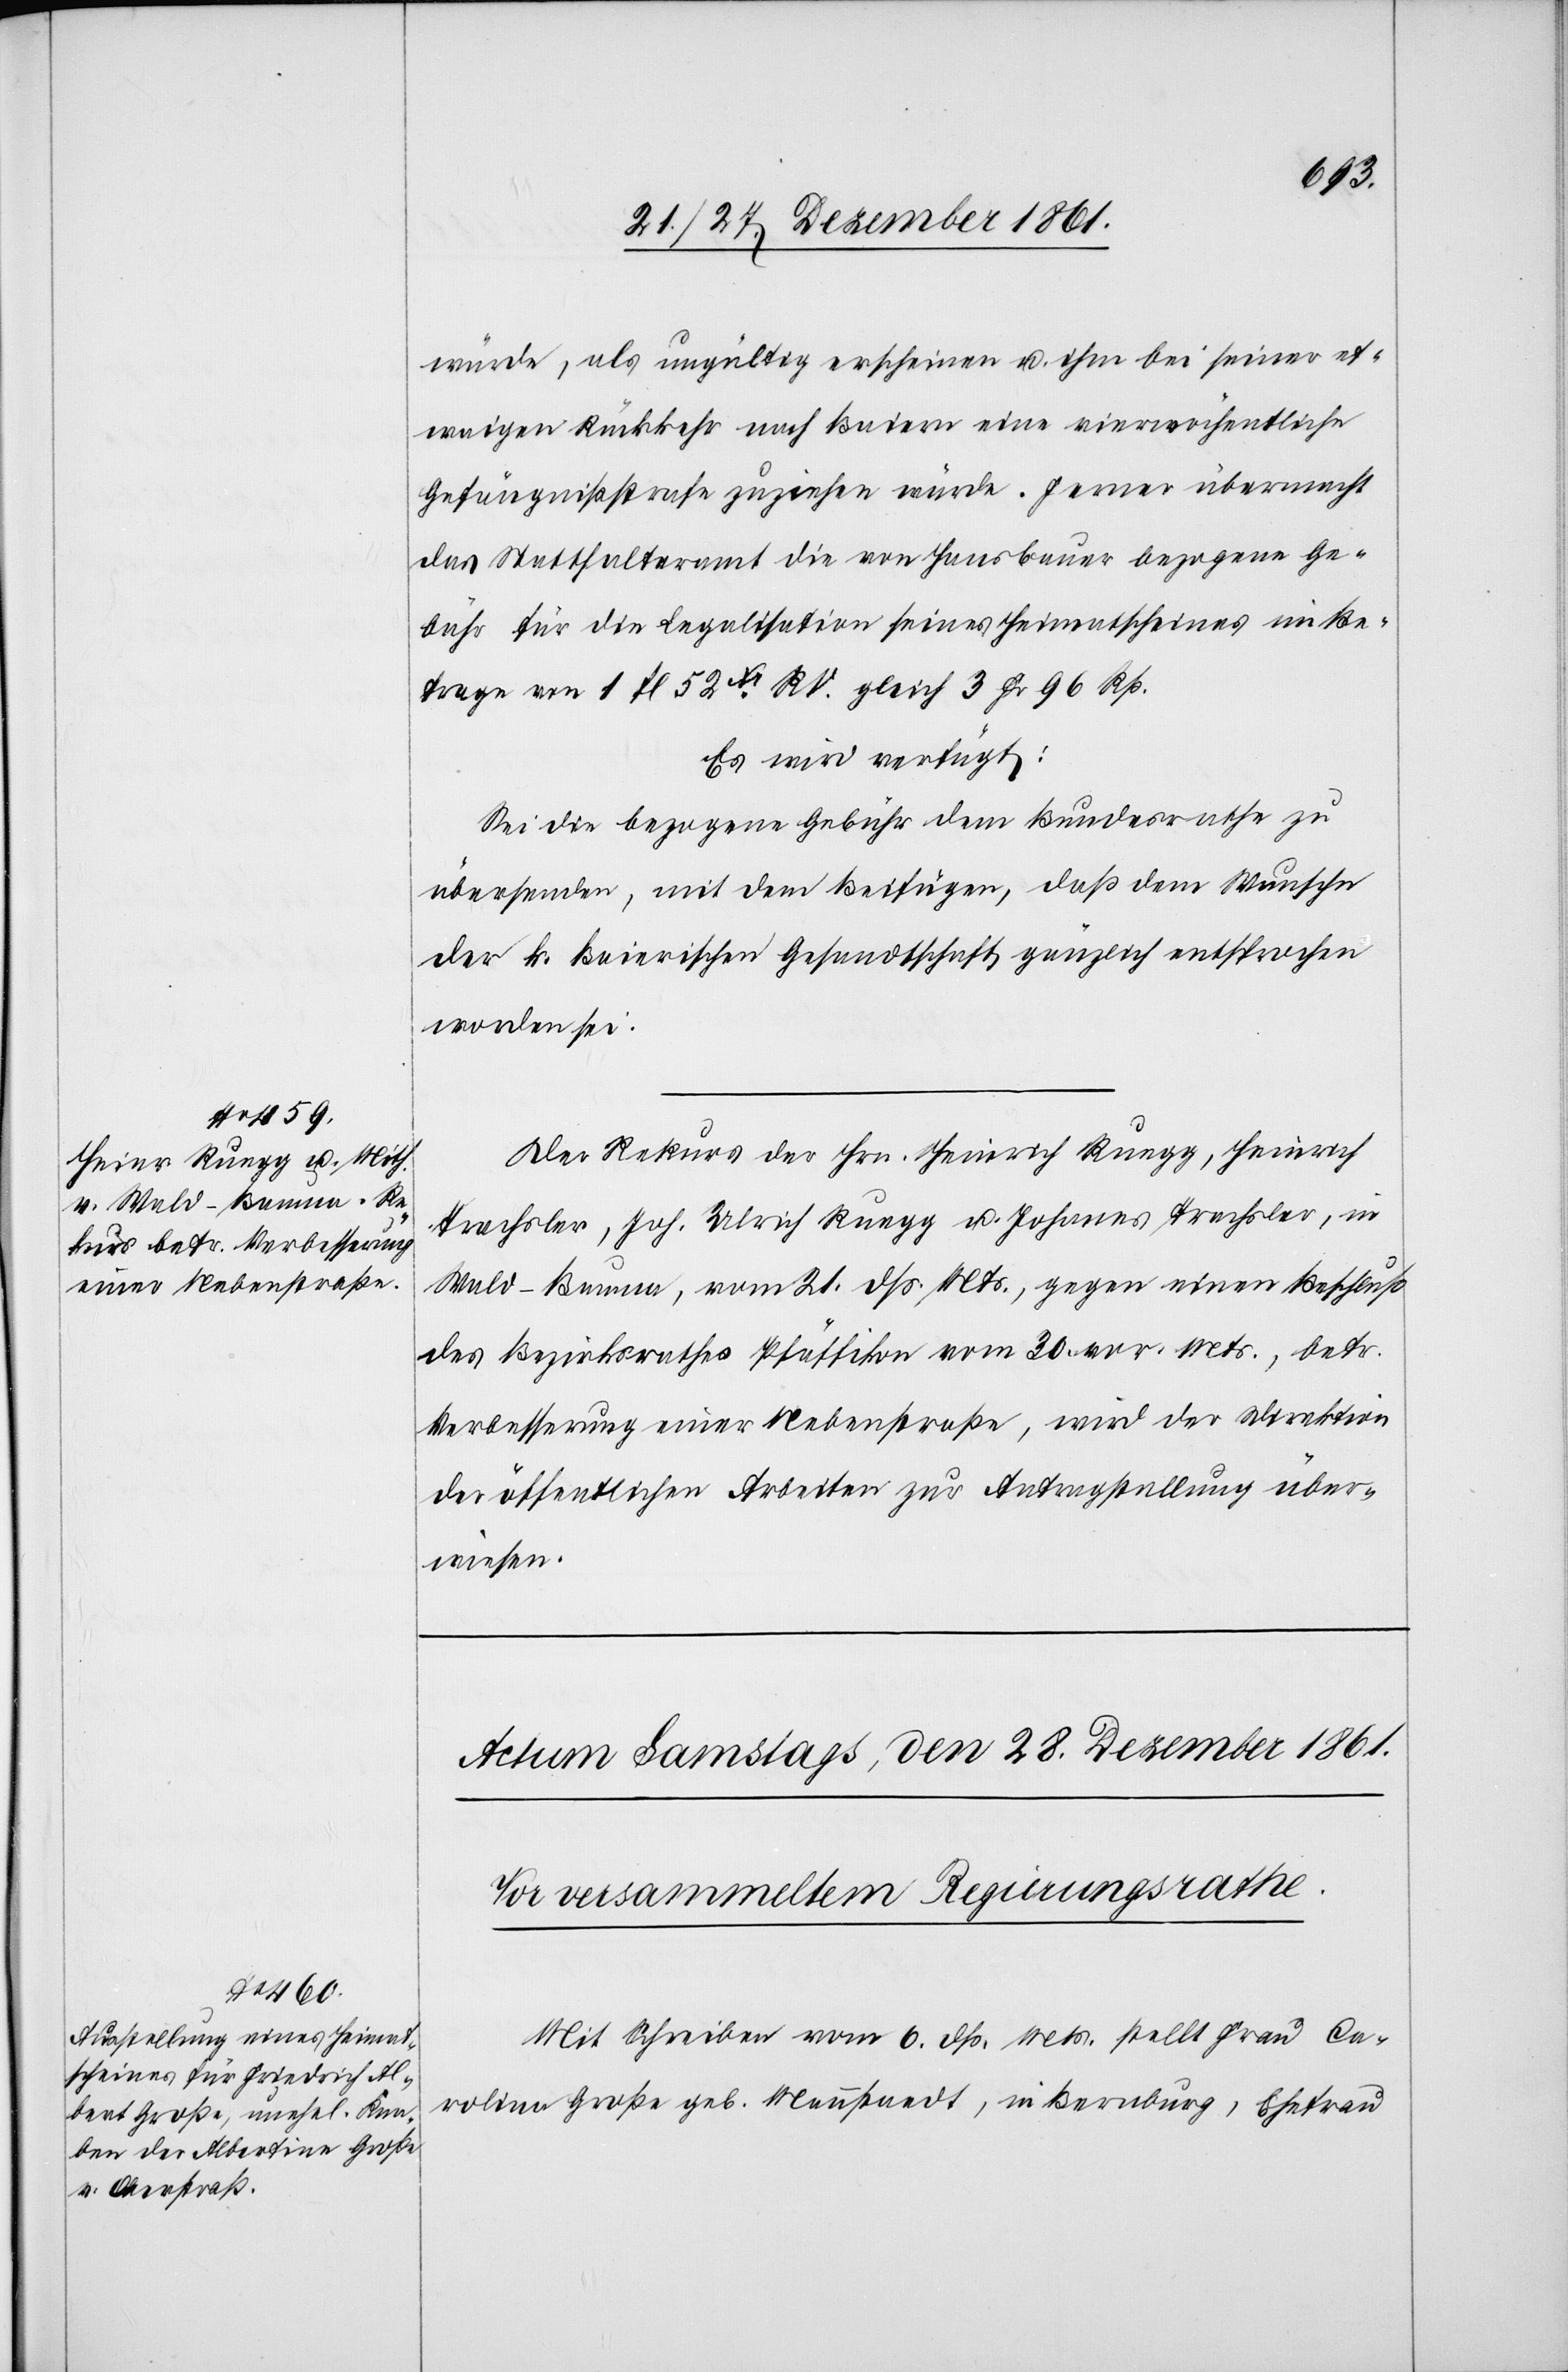
27. December 1861.]
würde, als ungültig erscheinen u. ihm bei seiner et¬
waigen Rückkehr nach Baiern eine vierwöchentliche
Gefängnißstrafe zuziehen würde. Jener übermacht
das Statthalteramt die von Hansbauer bezogene Ge¬
bühr für die Legalisation seines Heimatscheines im Be¬
trage von 1 fl. 52xr. RV. gleich 3 Fr. 96 Rp.
Es wird verfügt:
Sei die bezogene Gebühr dem Bundesrathe zu
übersenden, mit dem Beifügen, daß dem Wunsche
der k. baierischen Gesandtschaft gänzlich entsprochen
worden sei.
Der Rekurs des Hrn. Heinrich Ruegg, Heinrich
Trachsler, Joh. Ulrich Ruegg u. Johannes Trachsler, in
Wald-Bauma, vom 21 dss. Mts., gegen einen Beschluß
des Bezirksrathes Pfäffikon vom 20 vor. Mts., betr.
Verbesserung einer Nebenstraße, wird der Direktion
der öffentlichen Arbeiten zur Antragstellung über¬
wiesen.
Mit Schreiben vom 6 dss. Mts. stellt Frau Ca¬
rolina Große geb. Mannstaedt, in Bernburg, Ehefrau